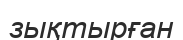
зықтырған